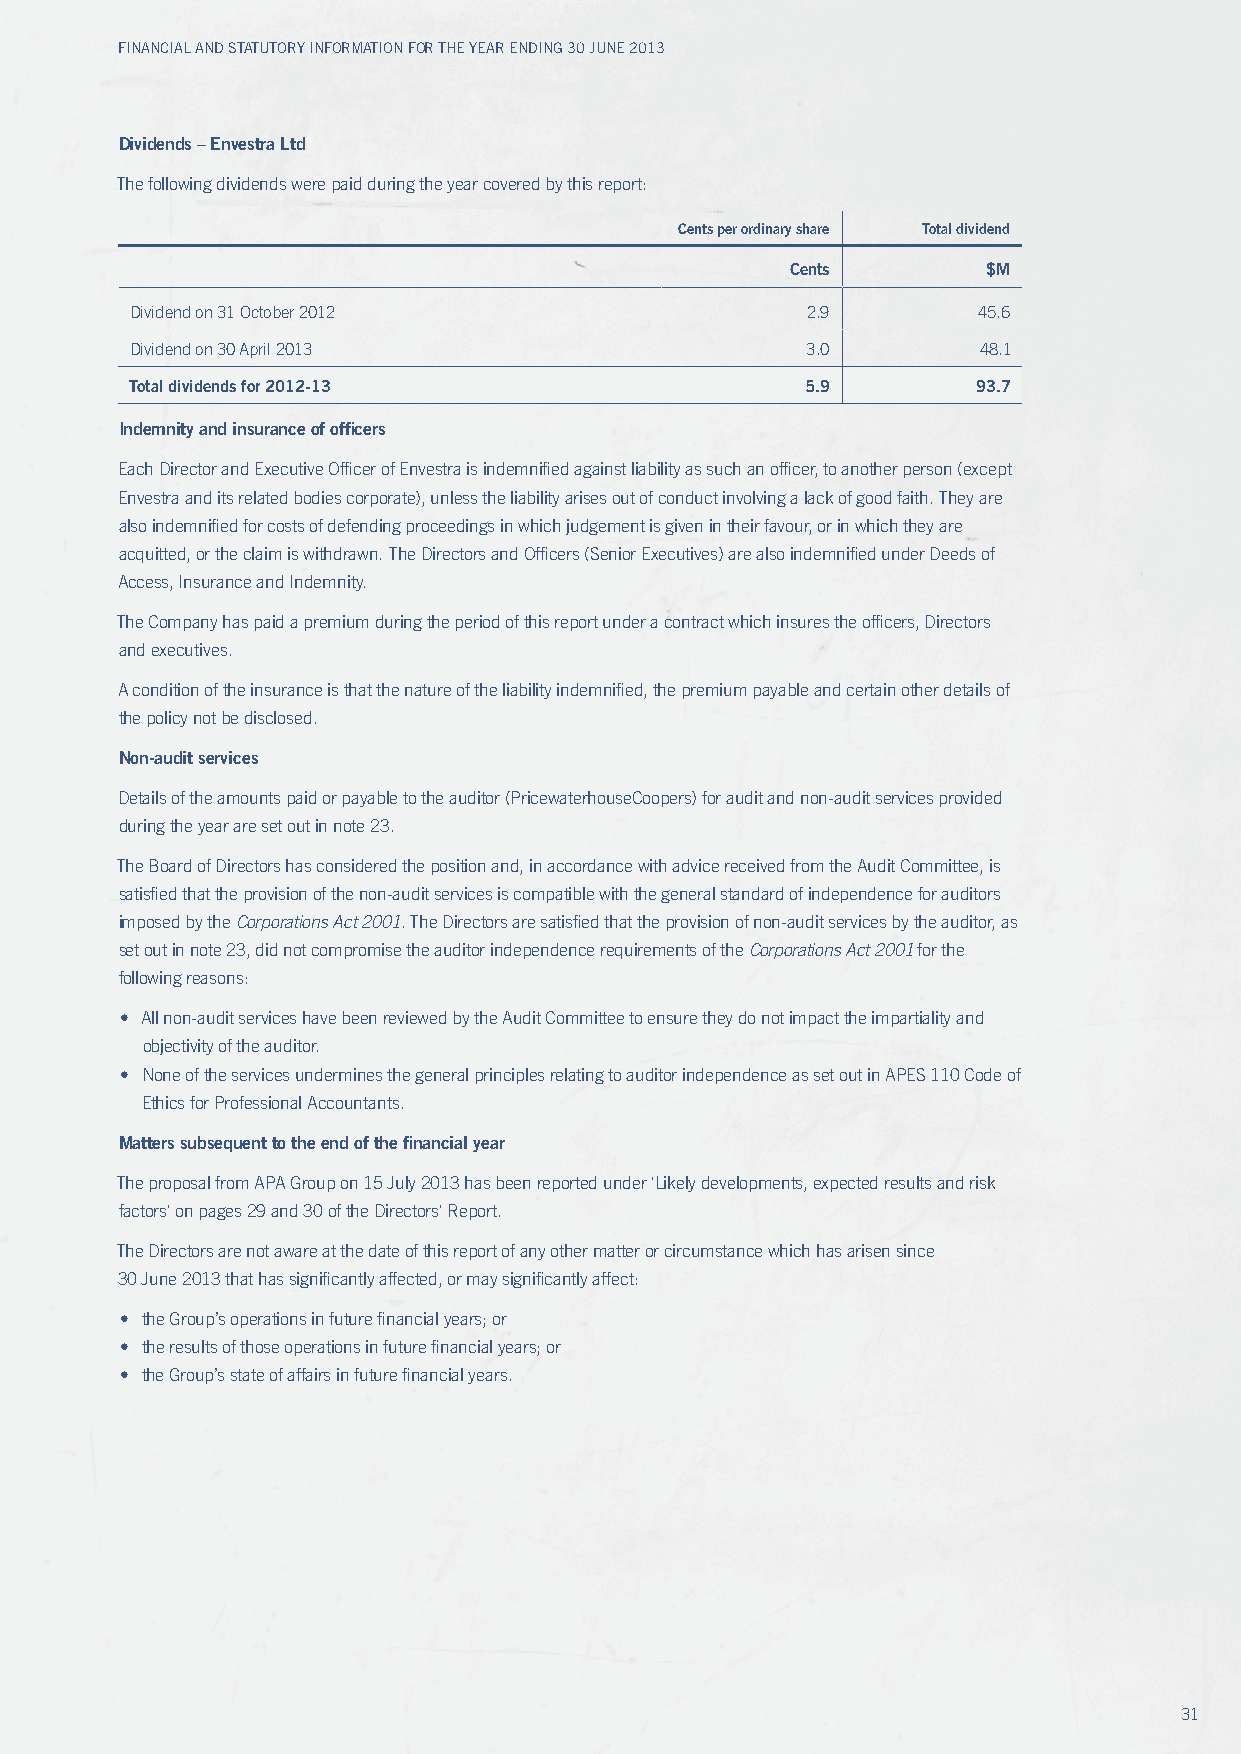
Financial and Statutory inFormation For the year ending 30 June 2013
 Dividends – Envestra Ltd
 The following dividends were paid during the year covered by this report:
 Cents per ordinary share Total dividend
 Cents        $M
 Dividend on 31 October 2012                 2.9         45.6
 Dividend on 30 April 2013                   3.0         48.1
 Total dividends for 2012-13                 5.9         93.7
 Indemnity and insurance of officers
 Each Director and Executive Officer of Envestra is indemnified against liability as such an officer, to another person (except
 Envestra and its related bodies corporate), unless the liability arises out of conduct involving a lack of good faith. They are
 also indemnified for costs of defending proceedings in which judgement is given in their favour, or in which they are
 acquitted, or the claim is withdrawn. The Directors and Officers (Senior Executives) are also indemnified under Deeds of
 Access, Insurance and Indemnity.
 The Company has paid a premium during the period of this report under a contract which insures the officers, Directors
 and executives.
 A condition of the insurance is that the nature of the liability indemnified, the premium payable and certain other details of
 the policy not be disclosed.
 Non-audit services
 Details of the amounts paid or payable to the auditor (PricewaterhouseCoopers) for audit and non-audit services provided
 during the year are set out in note 23.
 The Board of Directors has considered the position and, in accordance with advice received from the Audit Committee, is
 satisfied that the provision of the non-audit services is compatible with the general standard of independence for auditors
 imposed by the Corporations Act 2001. The Directors are satisfied that the provision of non-audit services by the auditor, as
 set out in note 23, did not compromise the auditor independence requirements of the Corporations Act 2001 for the
 following reasons:
 • All non-audit services have been reviewed by the Audit Committee to ensure they do not impact the impartiality and
 objectivity of the auditor.
 • None of the services undermines the general principles relating to auditor independence as set out in APES 110 Code of
 Ethics for Professional Accountants.
 Matters subsequent to the end of the financial year
 The proposal from APA Group on 15 July 2013 has been reported under 'Likely developments, expected results and risk
 factors' on pages 29 and 30 of the Directors' Report.
 The Directors are not aware at the date of this report of any other matter or circumstance which has arisen since
 30 June 2013 that has significantly affected, or may significantly affect:
 • the Group’s operations in future financial years; or
 • the results of those operations in future financial years; or
 • the Group’s state of affairs in future financial years.
 31